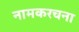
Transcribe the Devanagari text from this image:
नामकरचना